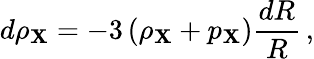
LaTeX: d\rho_{\mathbf{X}}=-3\left(\rho_{\mathbf{X}}+p_{\mathbf{X}}\right)\frac{{dR}}{{R}}\, ,